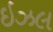
ઇઝલ